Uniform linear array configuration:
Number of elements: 48
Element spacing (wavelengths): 1
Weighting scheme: hamming
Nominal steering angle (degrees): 45
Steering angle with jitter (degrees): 44.985
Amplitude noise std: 0.05
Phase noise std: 0.05

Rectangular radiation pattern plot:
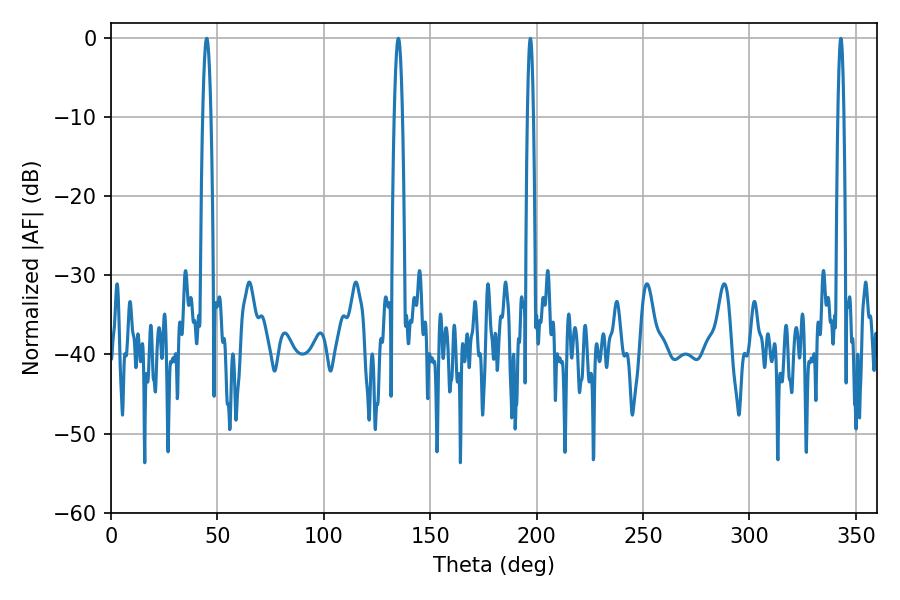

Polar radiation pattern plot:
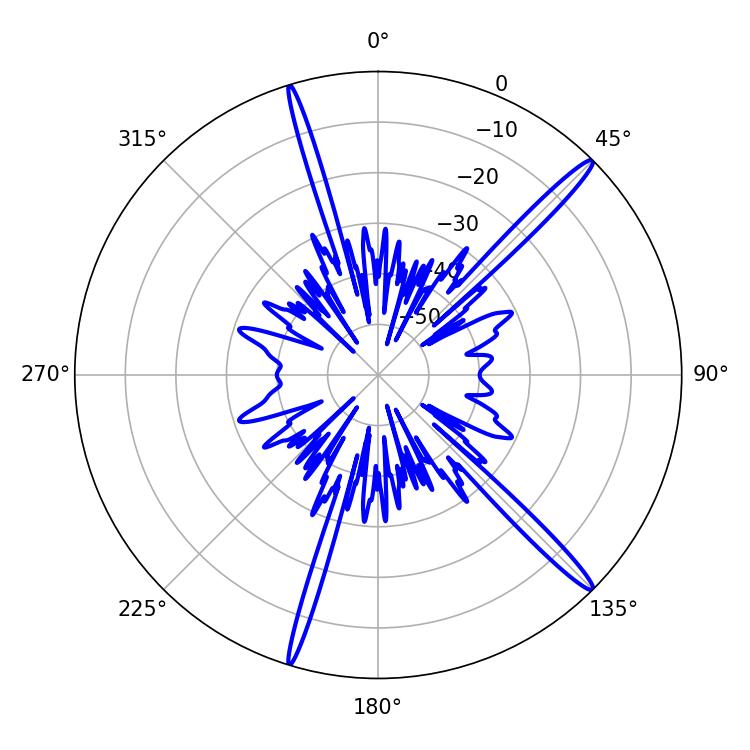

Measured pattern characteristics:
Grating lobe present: TRUE
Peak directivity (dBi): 16.989
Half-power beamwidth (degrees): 2.16
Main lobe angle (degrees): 45